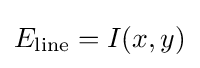
E_{\text{line}}=I(x,y)